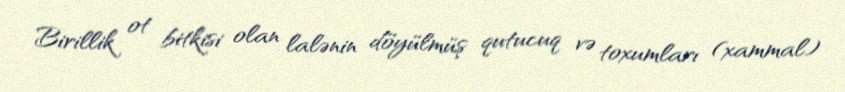
Birillik ot bitkisi olan lalənin döyülmüş qutucuq və toxumları (xammal)